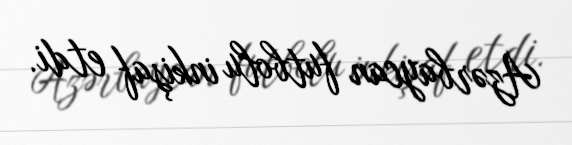
Azərbaycan futbolu inkişaf etdi.